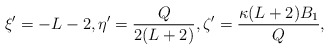
\begin{align*} \xi' = -L-2, \eta' = \frac{Q}{2(L+2)}, \zeta' = \frac{\kappa(L+2)B_1}{Q},\end{align*}